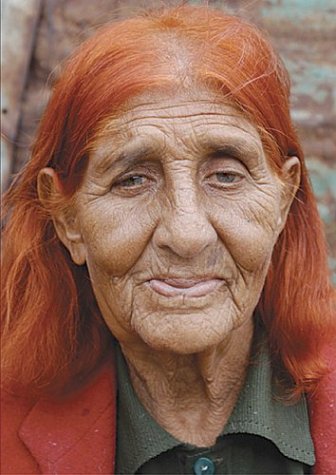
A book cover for Hermanovce: Four Seasons With Roma; Jarret Schecter; Travel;